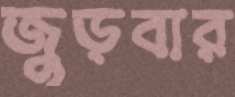
জুড়বার